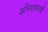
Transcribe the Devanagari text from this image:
डोंगरावरची